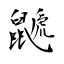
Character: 鼶